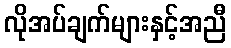
လိုအပ်ချက်များနှင့်အညီ